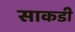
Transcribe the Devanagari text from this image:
साकडी